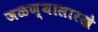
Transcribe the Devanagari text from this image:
जळण्यासारखे